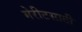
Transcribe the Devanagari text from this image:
मेरीटसाठी